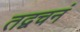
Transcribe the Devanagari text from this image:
तद्वचनं